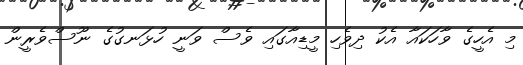
މި އެހީގެ ވާހަކައާ އެކު ދިވެހި މީޑިއާގައި ވެސް ވަނީ ހުޅަނގުގެ ނޫސްވެރީން